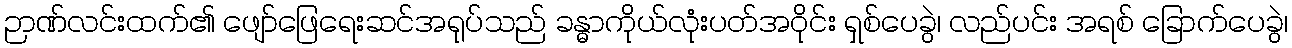
ဉာဏ်လင်းထက်၏ ဖျော်ဖြေရေးဆင်အရုပ်သည် ခန္ဓာကိုယ်လုံးပတ်အဝိုင်း ရှစ်ပေခွဲ၊ လည်ပင်း အရစ် ခြောက်ပေခွဲ၊